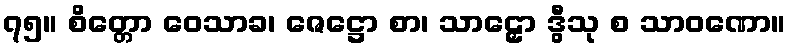
၇၅။ စိတ္တော ဝေသာခ၊ ဇေဋ္ဌော စာ၊ သာဠှော ဒွီသု စ သာဝဏော။